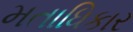
મતાધિકાર